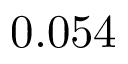
0 . 0 5 4